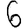
Digit: 6